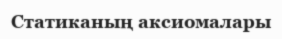
Статиканың аксиомалары